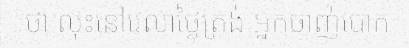
ថា លុះនៅវេលាថ្ងៃត្រង់ អ្នកចាញ់បោក